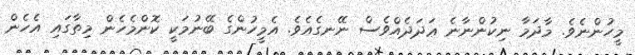
މީހުންނެވެ. މާދަމާ ނިކުންނާނެ ޢަދަދެއްވެސް ނޭނގެއެވެ. އެމީހުންގެ ބޭނުމަކީ ކޮންމެހެން މިތާގައި އެހެން